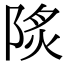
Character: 𨹾